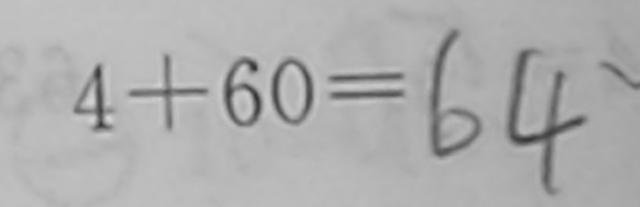
4 + 6 0 = 6 4